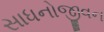
સાધનોજીવન